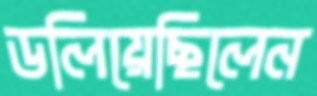
ডলিয়েছিলেন